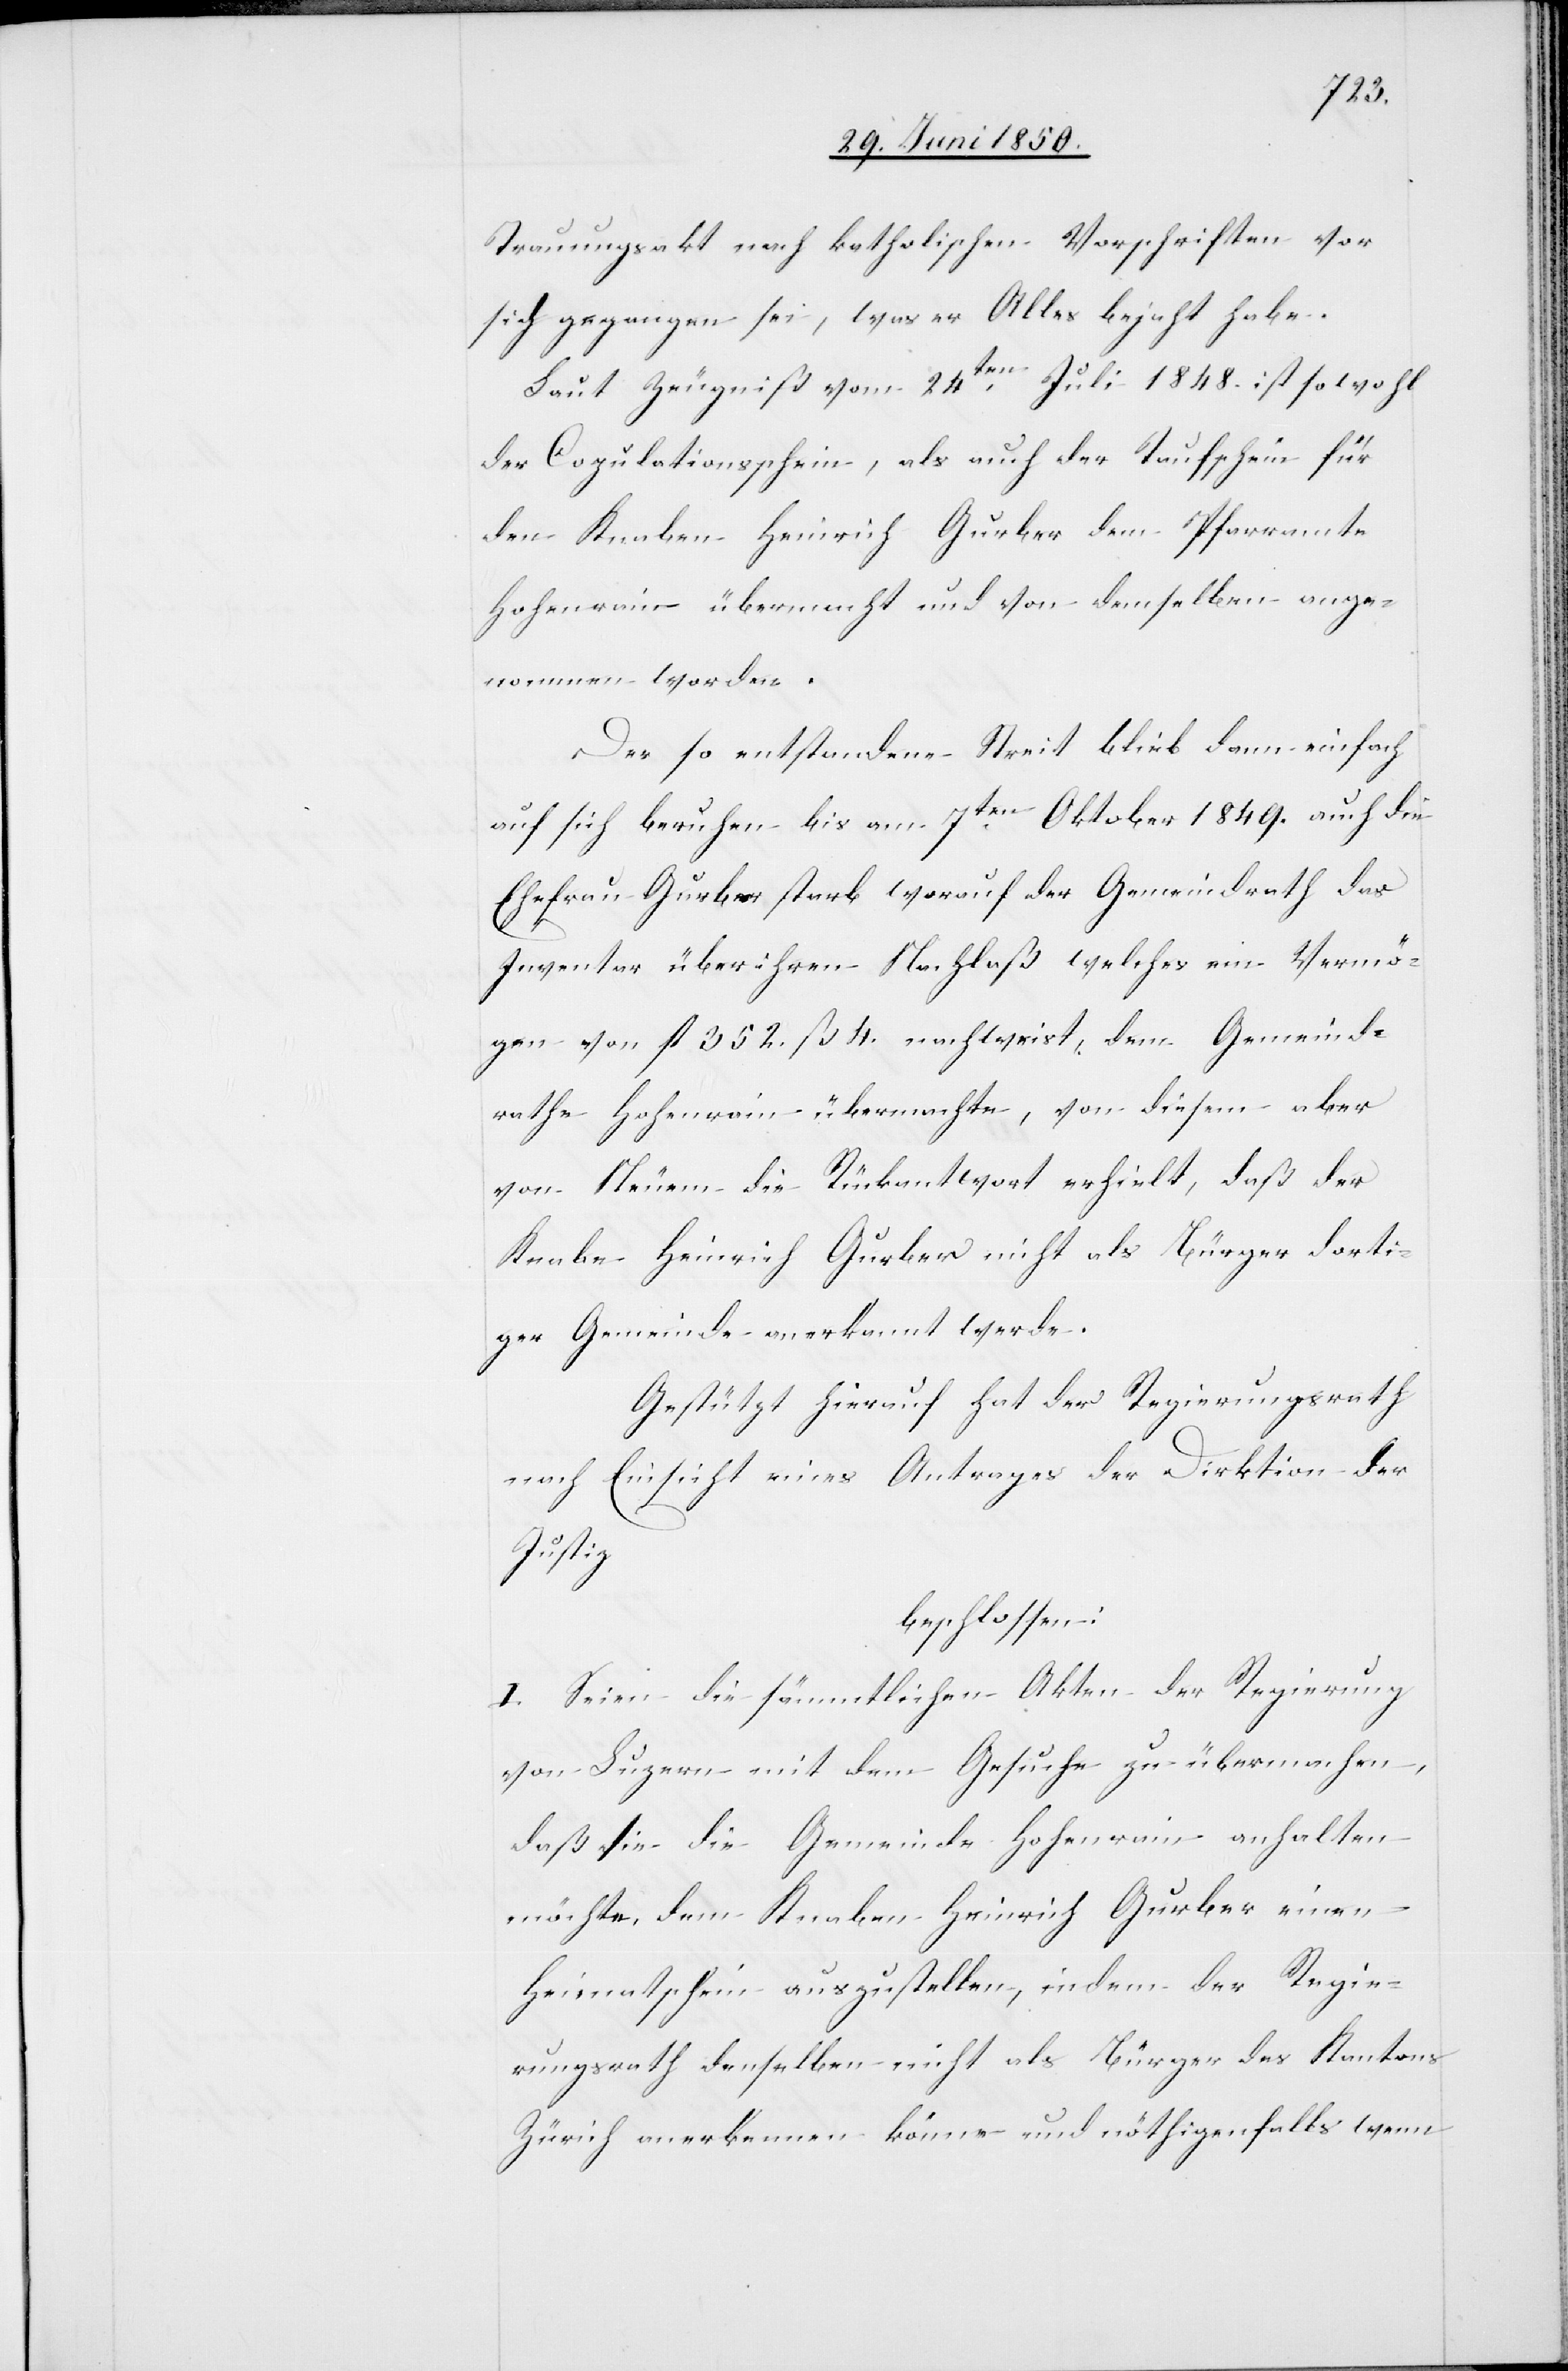
Trauungsakt nach katholischen Vorschriften vor
sich gegangen sei, was er Alles bejaht habe.
Laut Zeugniß vom 24ten Juli 1848. ist sowohl
der Copulationsschein, als auch der Taufschein für
den Knaben Heinrich Gurber dem Pfarramte
Hohenrain übermacht und von demselben ange¬
nommen worden.
Der so entstandene Streit blieb dann einfach
auf sich beruhen bis am 7ten Oktober 1849. auch die
Ehefrau Gurber starb worauf der Gemeindrath das
Inventar über ihren Nachlaß welches ein Vermö¬
gen von fl 352. ß 4. nachweist. dem Gemeind¬
rathe Hohenrain übermachte, von diesem aber
von Neuem die Rückantwort erhielt, daß der
Knabe Heinrich Gurber nicht als Bürger dorti¬
ger Gemeinde anerkannt werde.
gestützt hierauf hat der Regierungsrath
nach Einsicht eies Antrages der Direktion der
Justiz
beschlossen:
I. Seien die sämmtlichen Akten der Regierung
von Luzern mit dem Gesuche zu übermachen,
daß sie die Gemeinde Hohenrain anhalten
möchte, dem Knaben Heinrich Gurber einen
Heimatschein auszustellen, indem der Regie¬
rungsrath denselben nicht als Bürger des Kantons
Zürich anerkennen könne und nöthigenfalls wenn